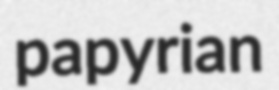
papyrian